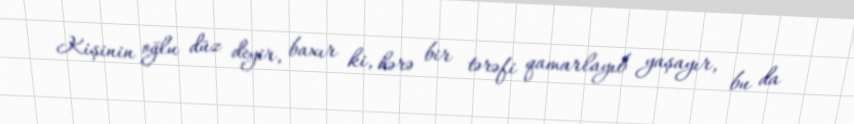
Kişinin oğlu düz deyir, baxır ki, hərə bir tərəfi qamarlayıb yaşayır, bu da